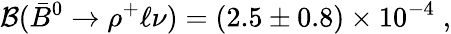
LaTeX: {\cal B}(\bar{B}^{0}\to\rho^{+}\ell\nu)=(2.5\pm 0.8)\times 10^{-4}\; ,